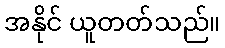
အနိုင် ယူတတ်သည်။